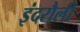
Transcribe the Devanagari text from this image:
इंदरौली